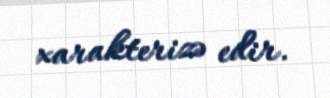
xarakterizə edir.